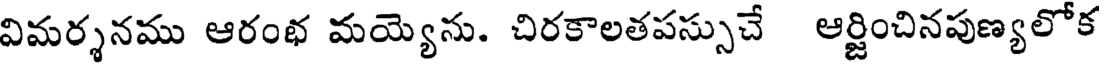
విమర్శనము ఆరంభ మయ్యెను. చిరకాలతపస్సుచే ఆర్జించినపుణ్యలోక